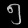
Digit: ၅